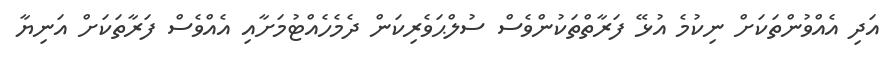
އަދި އެއްވުންތަކަށް ނިކުމެ އުޅޭ ފަރާތްތަކުންވެސް ސުލްޙަވެރިކަން ދެމެހެއްޓުމަށާއި އެއްވެސް ފަރާތަކަށް އަނިޔާ